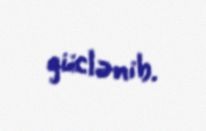
güclənib.